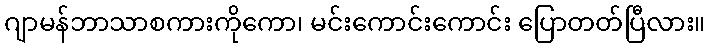
ဂျာမန်ဘာသာစကားကိုကော၊ မင်းကောင်းကောင်း ပြောတတ်ပြီလား။